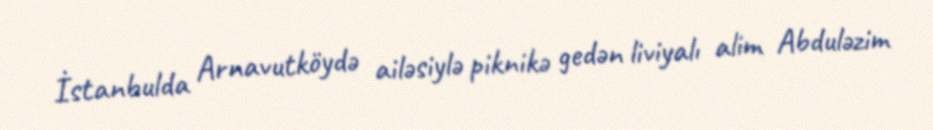
İstanbulda Arnavutköydə ailəsiylə piknikə gedən liviyalı alim Abduləzim